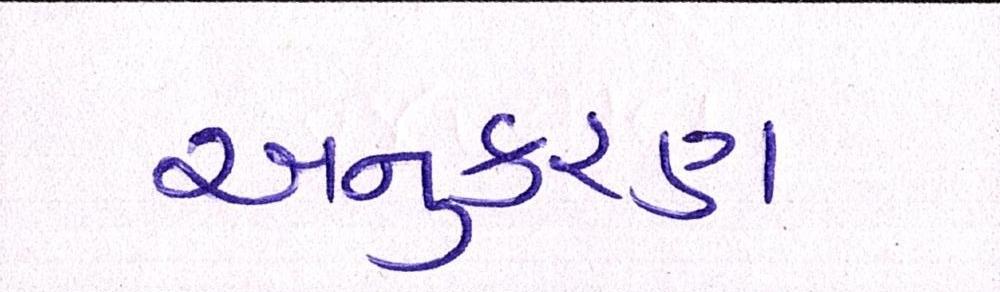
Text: અનુકરણ